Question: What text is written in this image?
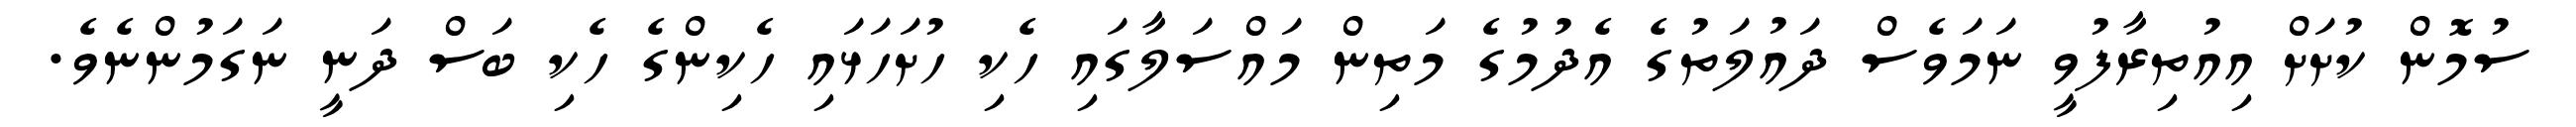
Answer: ސުމޮން ކުށަށް އިއުތިރާފުވީ ނަމަވެސް ދައުލަތުގެ އެދުމުގެ މަތިން މައްސަލާގައި ހެކި ހުށަހަޅައި ހެކިންގެ ހެކި ބަސް ދަނީ ނަގަމުންނެވެ.